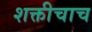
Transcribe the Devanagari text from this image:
शक्तीचाच